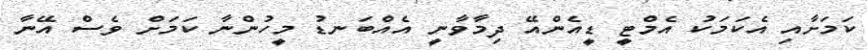
ކަމަށާއި އެކަމަކު އެމްޓީ ޑީއެންއޭ ދިމާވާނީ އެއްބަނޑު މީހުންނާ ކަމަށް ވެސް އޭނާ